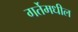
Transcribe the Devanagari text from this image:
गर्तेमधील